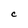
Character: c